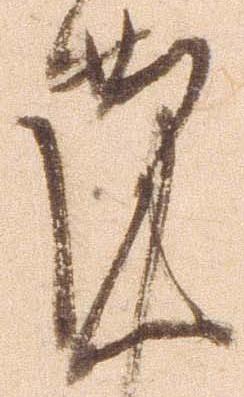
謹